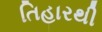
તિહારથી